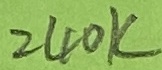
Text: 240K